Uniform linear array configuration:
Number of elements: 24
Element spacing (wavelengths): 0.75
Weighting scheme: hann
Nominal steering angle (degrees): -15
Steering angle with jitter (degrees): -15.619
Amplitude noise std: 0.05
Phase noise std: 0.05

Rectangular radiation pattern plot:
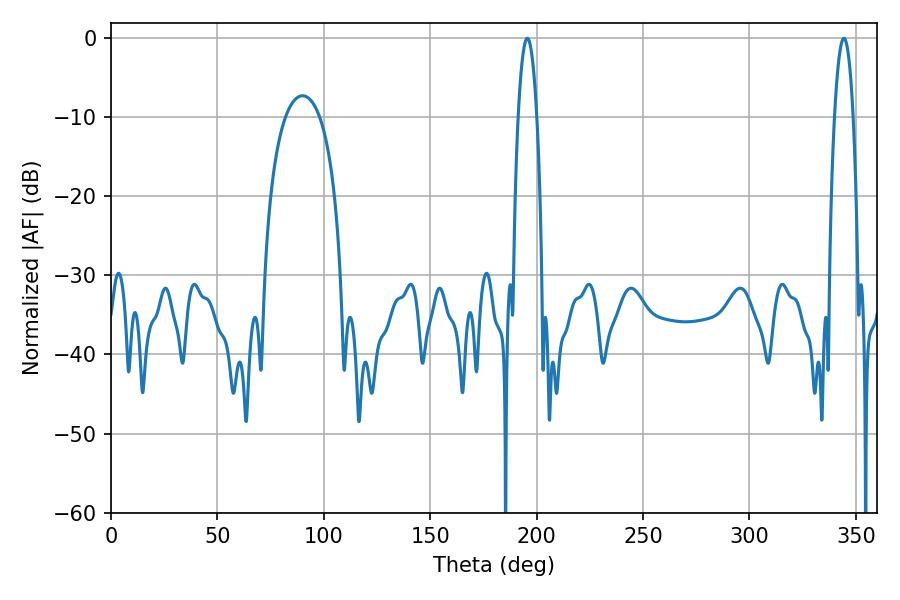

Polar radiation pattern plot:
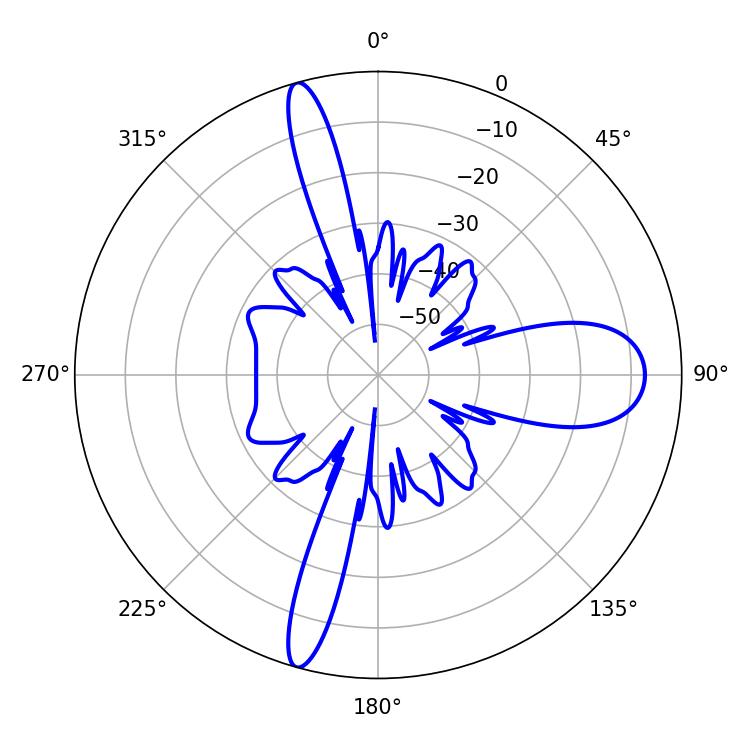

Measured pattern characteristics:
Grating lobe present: TRUE
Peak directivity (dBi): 25.308
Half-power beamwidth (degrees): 4.86
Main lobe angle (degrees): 195.66